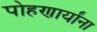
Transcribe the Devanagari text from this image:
पोहणार्यांना